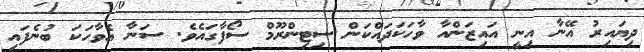
ދިޔައިރު އޭނާ އިނީ އައިޒަންއާ ވާހަކަދައްކަން ސިޓިންރޫމް ސޯފާގައެވެ. ސަނާ އެވާހަކަ ބުނެފައި